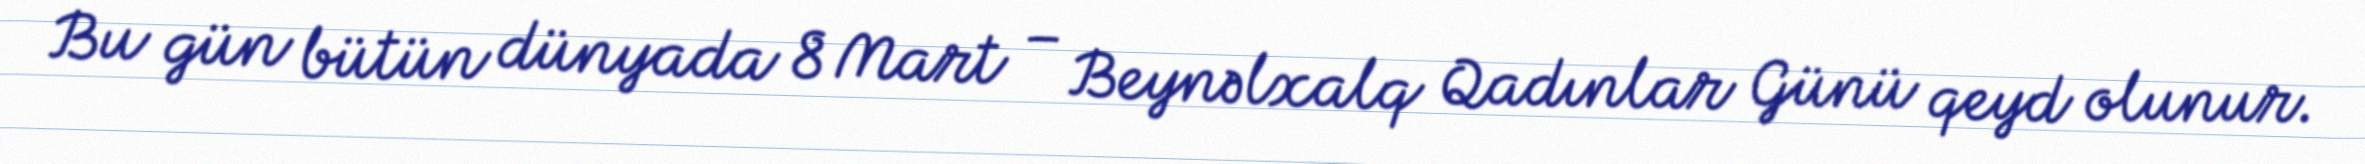
Bu gün bütün dünyada 8 Mart – Beynəlxalq Qadınlar Günü qeyd olunur.